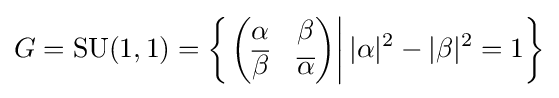
G=\operatorname {SU} (1,1)=\left\{\left.{\begin{pmatrix}\alpha &\beta \\{\overline {\beta }}&{\overline {\alpha }}\end{pmatrix}}\right||\alpha |^{2}-|\beta |^{2}=1\right\}